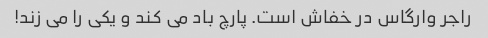
راجر وارگاس در خفاش است. پارچ باد می کند و یکی را می زند!